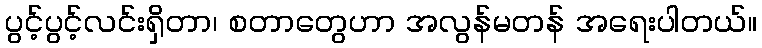
ပွင့်ပွင့်လင်းရှိတာ၊ စတာတွေဟာ အလွန်မတန် အရေးပါတယ်။